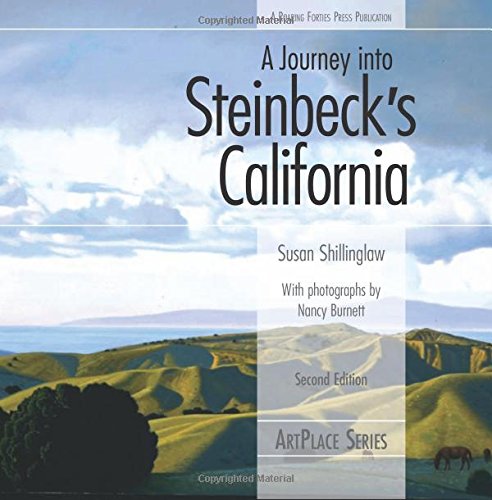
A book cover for A Journey into Steinbeck's California (ArtPlace); Susan Shillinglaw; Travel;